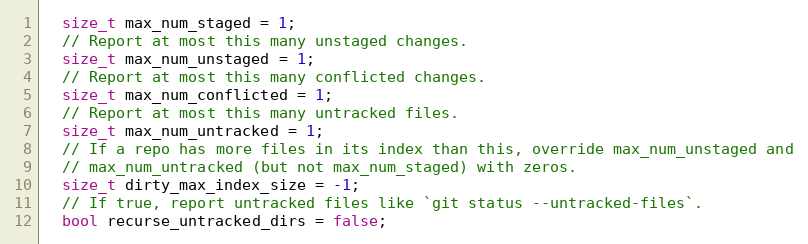
Language: C
  size_t max_num_staged = 1;
  // Report at most this many unstaged changes.
  size_t max_num_unstaged = 1;
  // Report at most this many conflicted changes.
  size_t max_num_conflicted = 1;
  // Report at most this many untracked files.
  size_t max_num_untracked = 1;
  // If a repo has more files in its index than this, override max_num_unstaged and
  // max_num_untracked (but not max_num_staged) with zeros.
  size_t dirty_max_index_size = -1;
  // If true, report untracked files like `git status --untracked-files`.
  bool recurse_untracked_dirs = false;